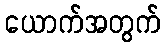
ယောက်အတွက်